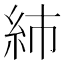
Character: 𥾧